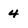
Character: 4